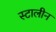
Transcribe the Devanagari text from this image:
स्टालीन